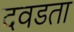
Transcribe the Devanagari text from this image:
दवडता